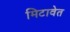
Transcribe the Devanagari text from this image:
मिटावेत